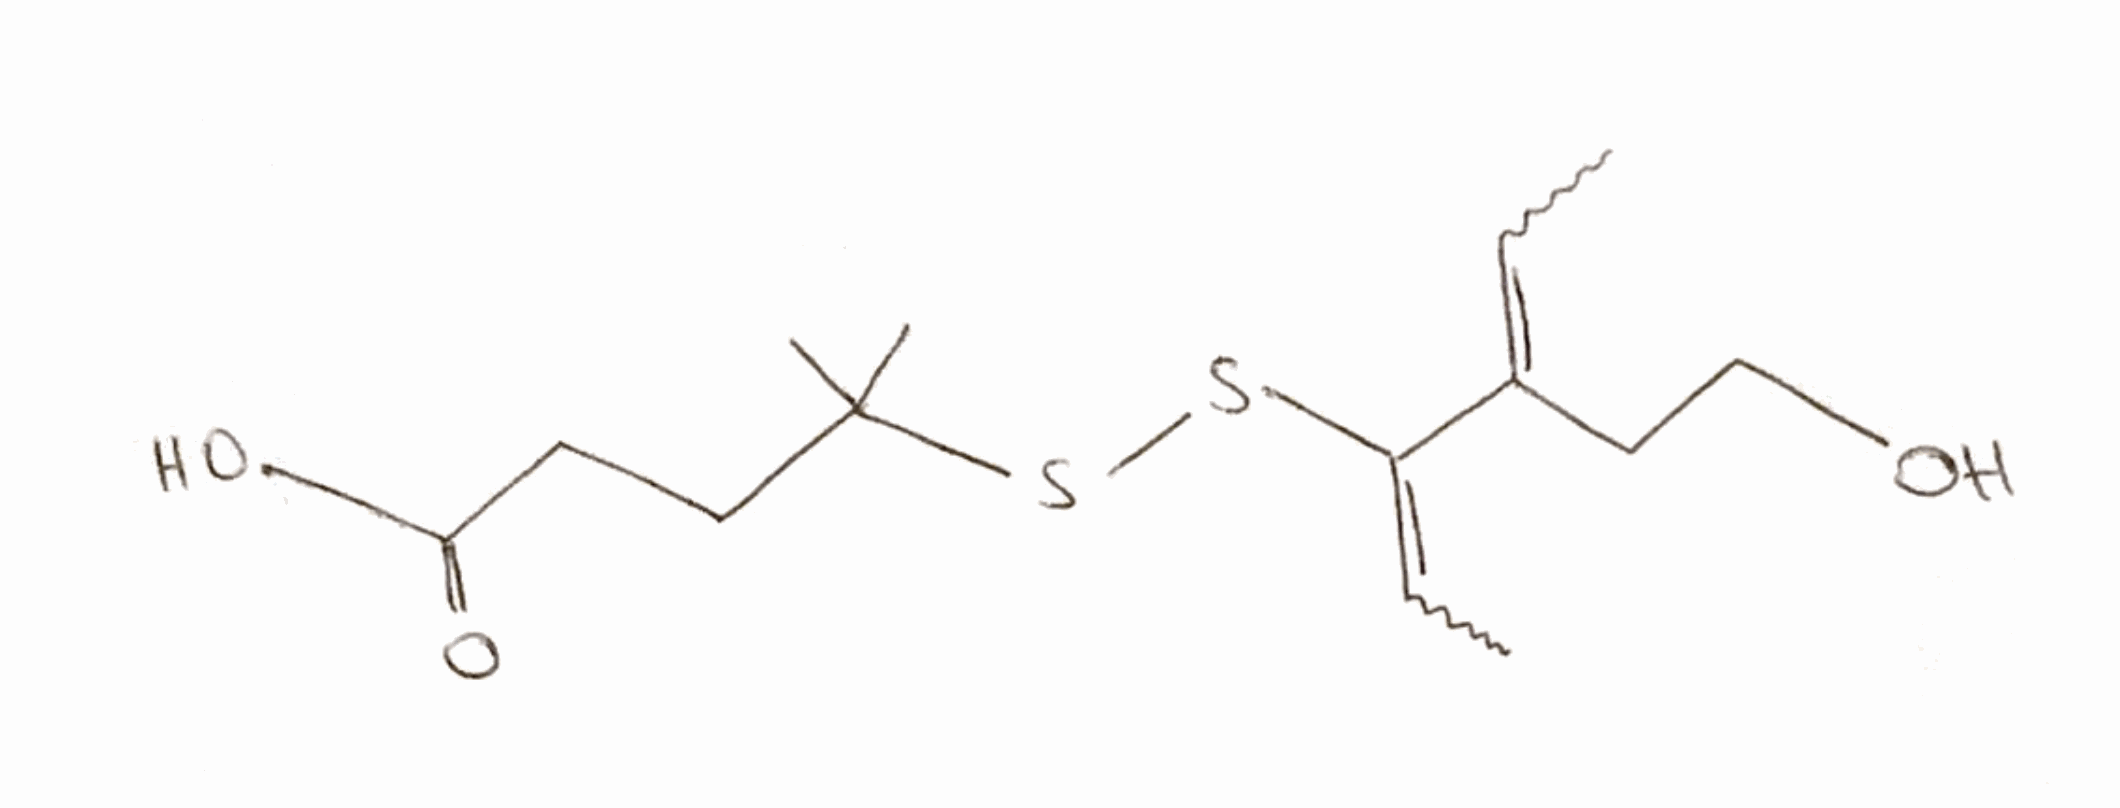
Simplified molecular-input line-entry system (SMILES) notation of the given molecule:
CC=C(CCO)C(=CC)SSC(C)(C)CCC(=O)O